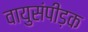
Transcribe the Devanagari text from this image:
वायुसंपीड़क